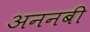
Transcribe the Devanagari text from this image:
अननबी